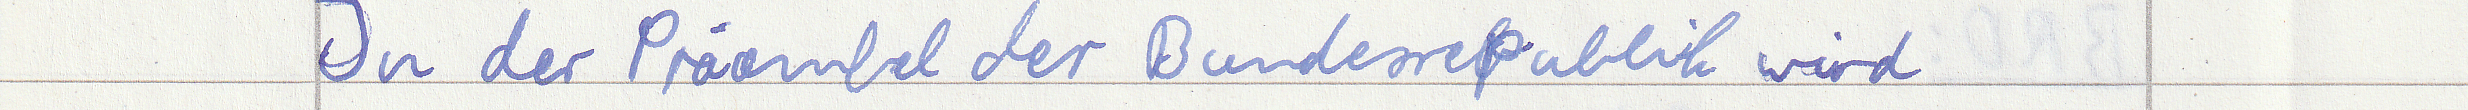
In der Präambel der Bundesrepublik wird